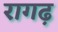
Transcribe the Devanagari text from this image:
रागढ़